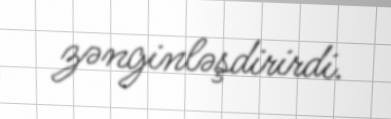
zənginləşdirirdi.